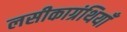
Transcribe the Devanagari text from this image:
लसीकाग्रंथियाँ